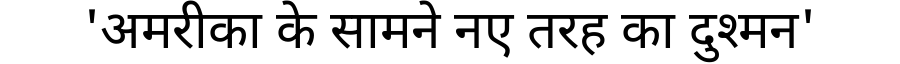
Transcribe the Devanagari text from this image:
'अमरीका के सामने नए तरह का दुश्मन'